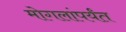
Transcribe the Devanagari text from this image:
मोगलांपर्यंत